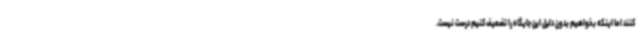
کنند اما اینکه بخواهیم بدون دلیل این جایگاه را تضعیف کنیم درست نیست.